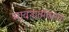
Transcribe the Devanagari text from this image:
भावनात्मकतेचा